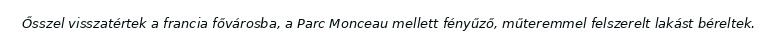
Ősszel visszatértek a francia fővárosba, a Parc Monceau mellett fényűző, műteremmel felszerelt lakást béreltek.